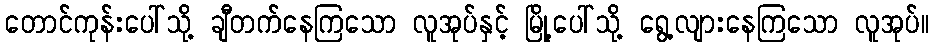
တောင်ကုန်းပေါ်သို့ ချီတက်နေကြသော လူအုပ်နှင့် မြို့ပေါ်သို့ ရွေ့လျားနေကြသော လူအုပ်။